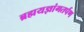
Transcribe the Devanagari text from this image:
ब्रह्मयज्ञांगतर्पण